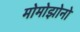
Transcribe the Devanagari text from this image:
मोमोझोनो